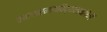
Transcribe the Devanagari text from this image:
व्यापारमहाविद्यालयांपैकी